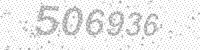
Solution: 506936